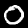
Digit: 0